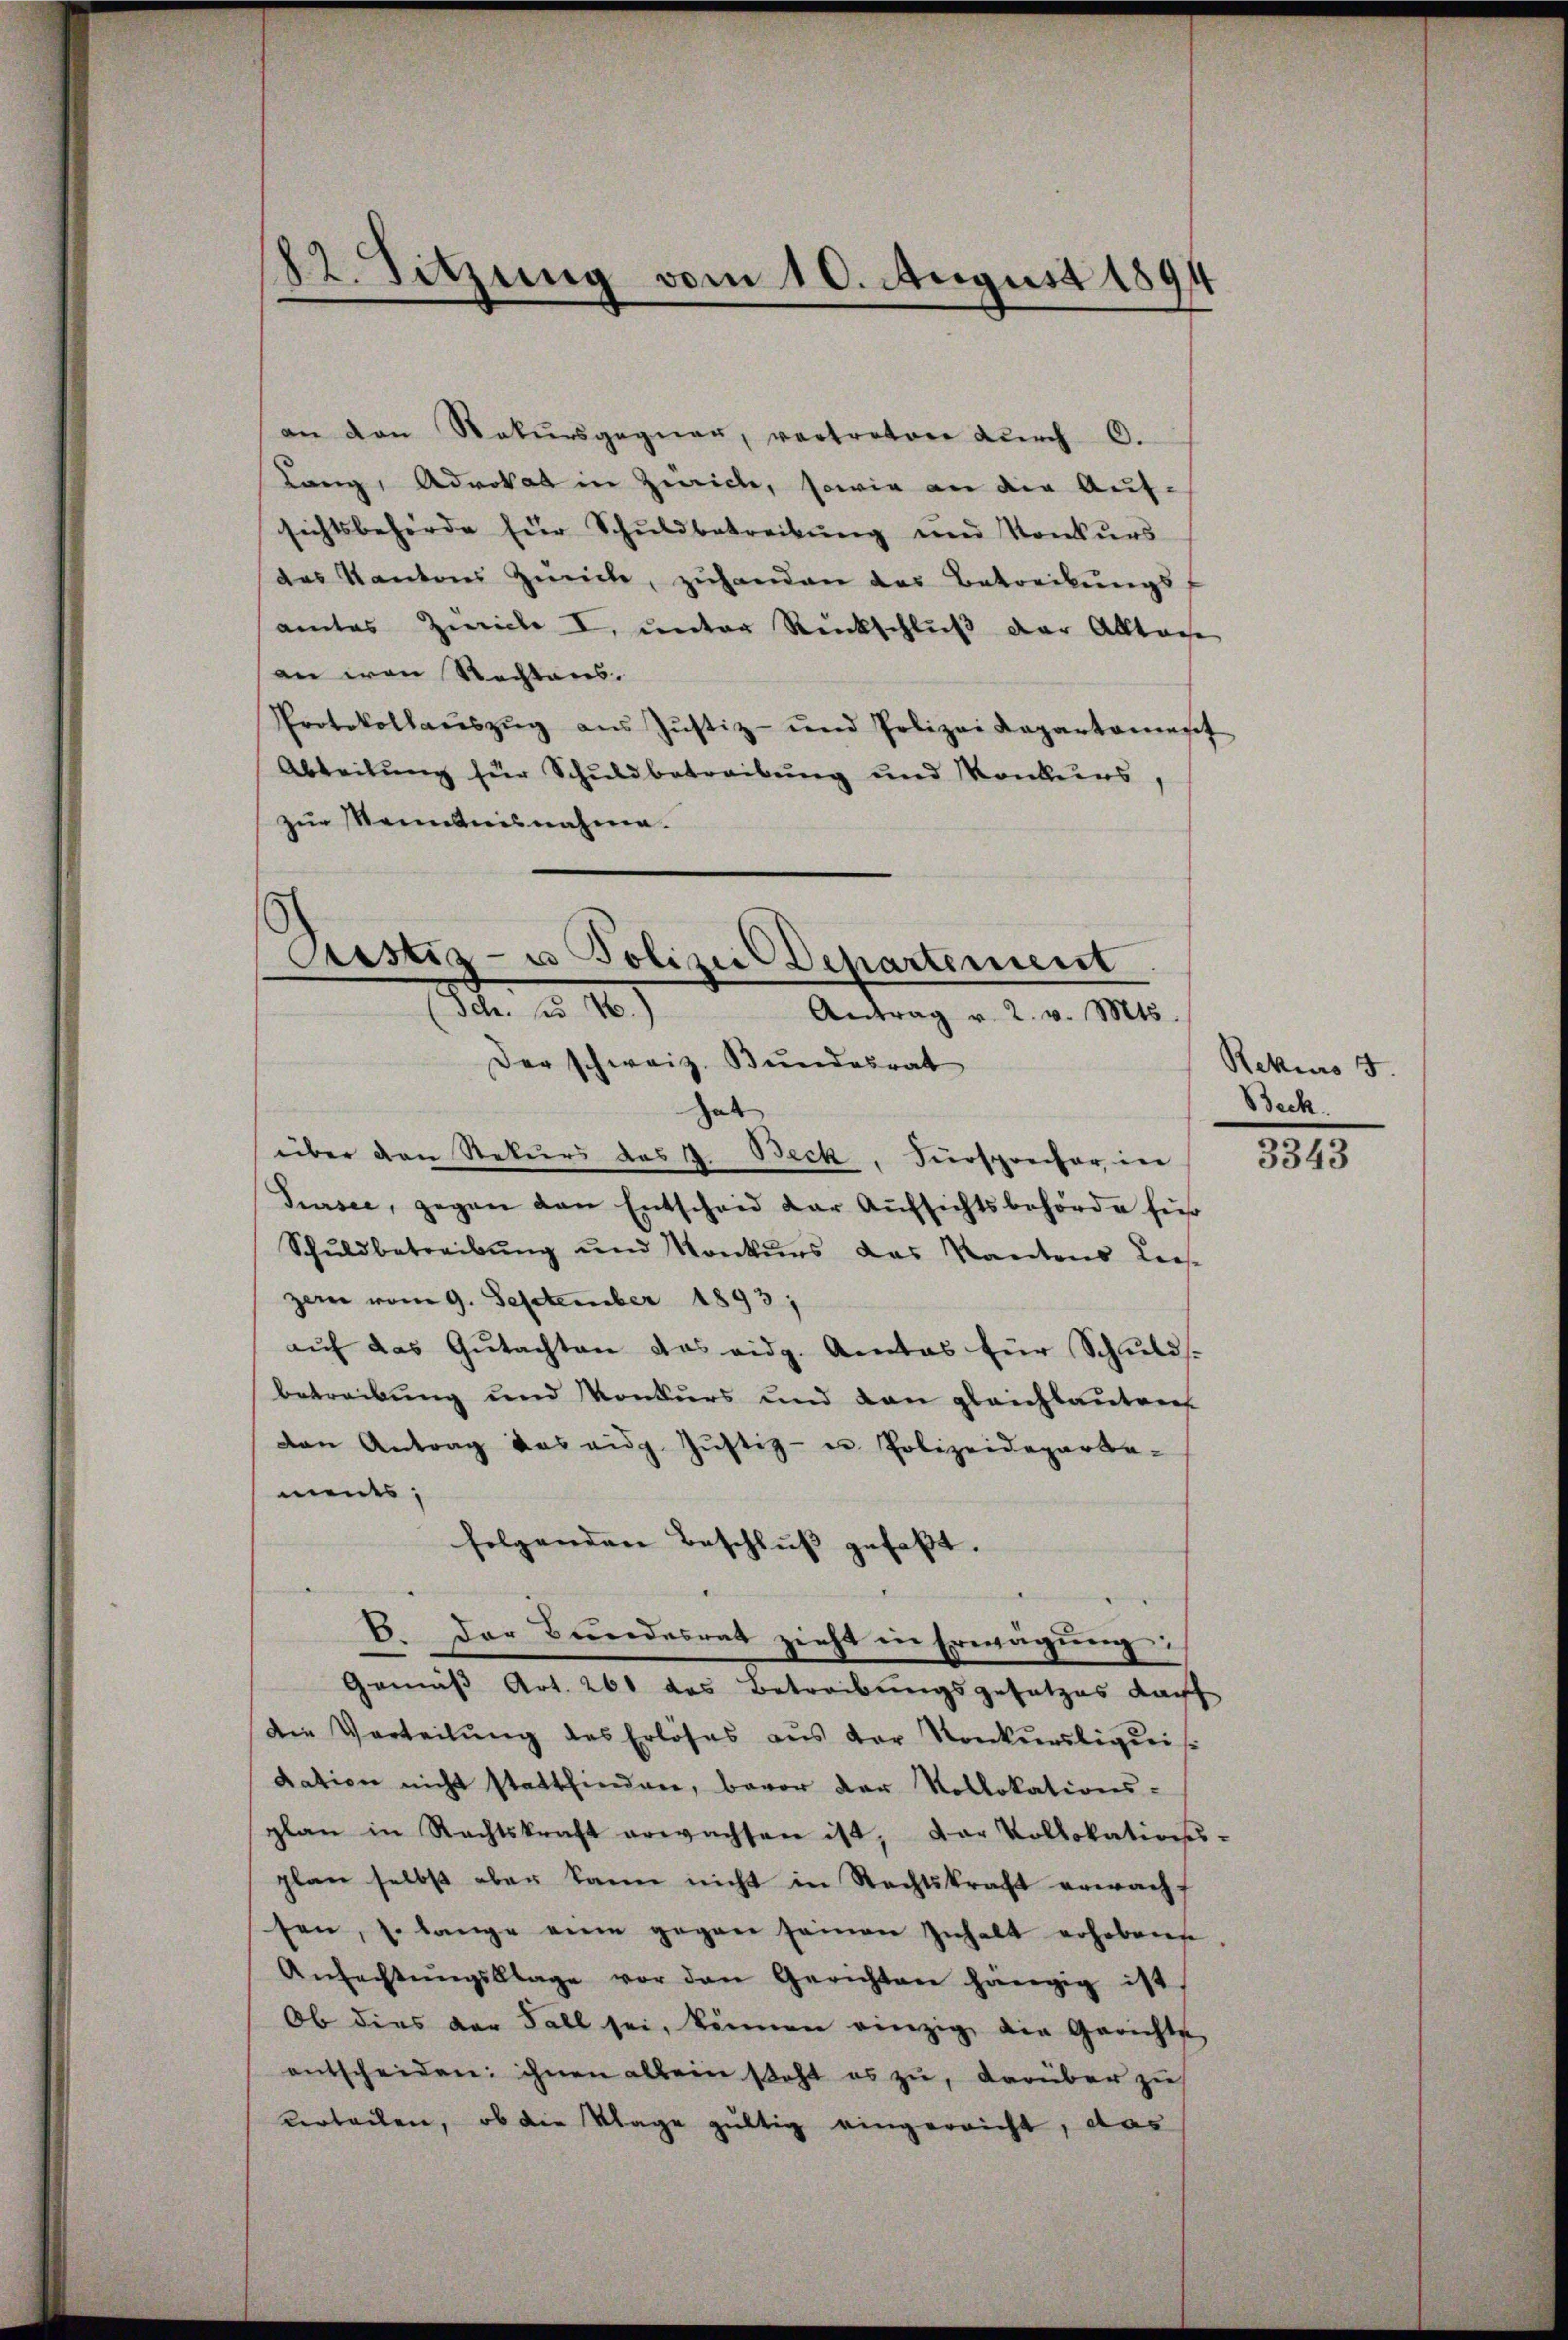
12. Sitzung vom 10. August 1894

an den Rekŭrsgegner, vertreten dŭrch 6.
Lang, Advokat in Zürich, sowie an die Auf-
sichtsbehörde für Schuldbetreibŭng und Konkurs
des Kantons Zürich, zŭhanden das Betreibŭngsf
amtes Zürich I. unter Rückschluß der Alltage
an von Rechtens.
Protokollaŭszŭg ans Jŭstiz- und Polizei Kapartament
Abteilung für Schuldbetreibung und Konkurs,
zur Kenntnisnahme.

Ciustiz- u Polizei-Departement
Se u. 10)
Antrag v. 2. v. Mts.
Der schweiz. Bundesrat
hab

über den Rekurs das . Beck, Fürsprecher in
Sursee, gegen den Entscheid der Aufsichtsbehörde füh
Schŭldbetreibŭng ŭnd Konkŭrs das Kantons Lees-
zern vom 9. September 1893,
aŭf das Gŭtachten das eidg. Amtes für Schulds.
betreibung und Konkurs und den gleichlautent
dan Antrag das eidg. Jŭstiz- u. Polizeideparte-
ments,
folgenden Beschluß gefaßt.
B. Der Bundesrat zieht in Erwägung:
Gemäß Art. 261 das Betreibungsgesetzes darf
die Verteilŭng des Erlöses aŭs der Konkŭrsliquis
dation nicht stattfinden, bevor der Kollokations-
plan in Rechtskraft erwachsen ist, der Vollokations-
plan selbst aber kann nicht in Rechtskraft erwacht
sen, s. lange eine gegen seinen Inhalt erhobene
Anfechtŭngsklage vor den Gerichten hängig ist
Ob dies der Fall sei, können einzig die Gerichte
entscheiden: ihnen allein steht es zu, darüber zu
verteilen, ob die Klage gültig eingereicht, das

Rekurs 5.
Beck

3343